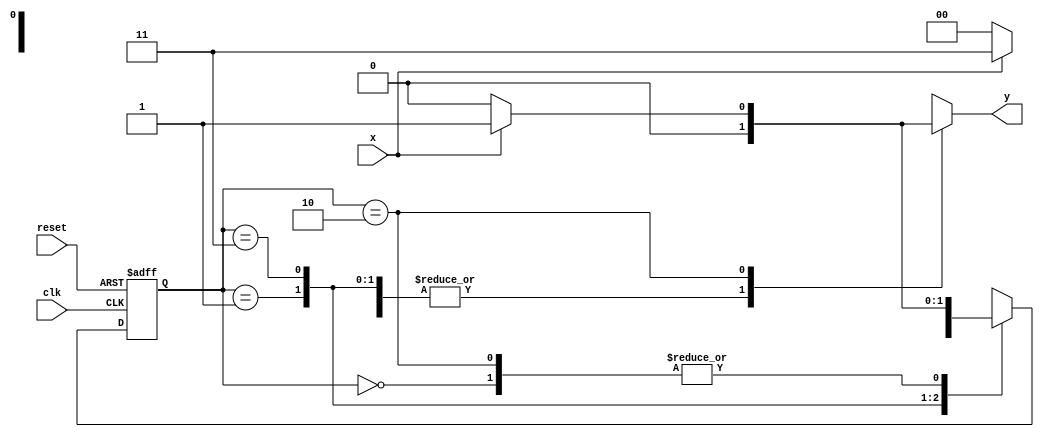
// -------------------------
// --- Mealy FSM
// Nome: Arthur Martinho Medeiros Oliveira
// -------------------------
// constant definitions
`define found 1
`define notfound 0
// FSM by Mealy
module mealy_1101 ( y, x, clk, reset );
output y;
input x;
input clk;
input reset;
reg y;
parameter // state identifiers 
 start = 2'b00,
 id1 = 2'b01,
 id11 = 2'b11,
 id110 = 2'b10;
 reg [1:0] E1;// current state variables
 reg [1:0] E2;// next state logic output
// next state logic
 always @( x or E1 )
 begin
 y = `notfound;
 case ( E1 )
 start:
 if ( x )
 E2 = id1;
 else
 E2 = start;
 id1:
 if ( x )
 E2 = id11;
 else
 E2 = start;
 id11:
 if ( x )
 E2 = id11;
 else
 E2 = id110;
 id110:
 if ( x )
 begin
 E2 = id1;
 y = `found;
 end
 else
 begin
 E2 = start;
 y = `notfound;
 end
 default: // undefined state
 E2 = 2'bxx;
 endcase
 end // always at signal or state changing
// state variables
 always @( posedge clk or negedge reset )
 begin
 if ( reset )
 E1 = E2; // updates current state
 else
 E1 = 0; // reset
 end // always at signal changing
endmodule // mealy_1101